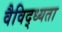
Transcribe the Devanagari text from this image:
वैविद्ध्यता